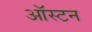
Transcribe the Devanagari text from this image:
ऑस्टन